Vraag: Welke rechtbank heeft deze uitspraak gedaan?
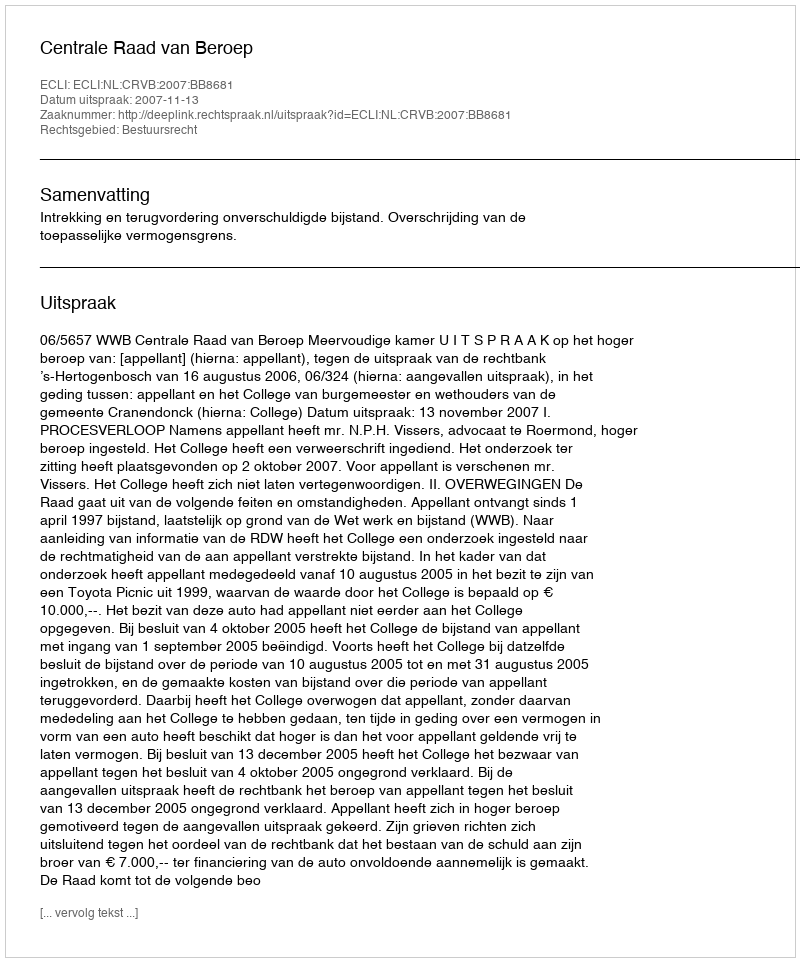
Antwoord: Centrale Raad van Beroep